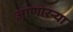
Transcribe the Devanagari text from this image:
जाणारऱ्या